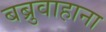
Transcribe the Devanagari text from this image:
बब्रुवाहाना